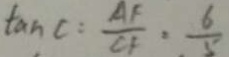
\tan C : \frac { A F } { C F } : \frac { 6 } { 5 }